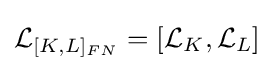
{\mathcal {L}}_{[K,L]_{FN}}=[{\mathcal {L}}_{K},{\mathcal {L}}_{L}]